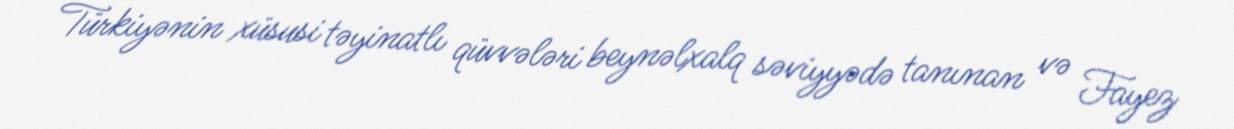
Türkiyənin xüsusi təyinatlı qüvvələri beynəlxalq səviyyədə tanınan və Fayez